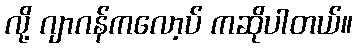
လို့ ဂျာဂန်ကလော့ပ် ကဆိုပါတယ်။